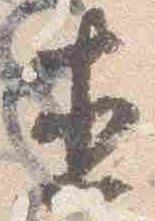
直